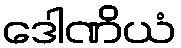
ဒေါဏိယံ